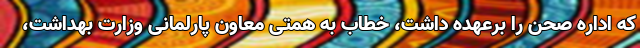
که اداره صحن را برعهده داشت، خطاب به همتی معاون پارلمانی وزارت بهداشت،